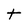
Character: t